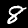
Digit: 8